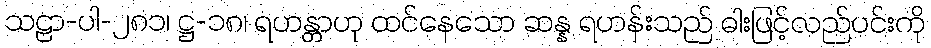
သဠာ-ပါ-၂၈၁၊ ဋ္ဌ-၁၈၊ ရဟန္တာဟု ထင်နေသော ဆန္န ရဟန်းသည် ဓါးဖြင့်လည်ပင်းကို